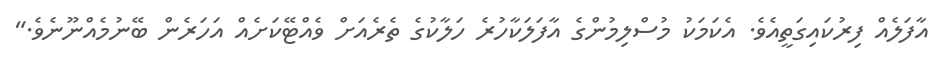
އާފަލެއް ފިރުކައިގަތީއެވެ. އެކަމަކު މުސްލިމުންގެ އާފަލަކާހުރެ ހަލާކުގެ ތެރެއަށް ވެއްޓޭކަށެއް އަހަރެން ބޭނުމެއްނޫނެވެ."